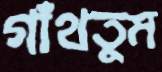
গাঁথতুম